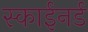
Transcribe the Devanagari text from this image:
स्काईनर्ड